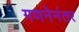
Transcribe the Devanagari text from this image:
गणनेनंतर